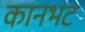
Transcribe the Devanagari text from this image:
कानभट